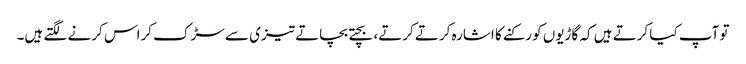
تو آپ کیا کرتے ہیں کہ گاڑیوں کو رکنے کا اشارہ کرتے کرتے، بچتے بچاتے تیزی سے سڑک کراس کرنے لگتے ہیں۔